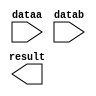
module mult1 (
	dataa,
	datab,
	result);

	input	[6:0]  dataa;
	input	[6:0]  datab;
	output	[13:0]  result;

endmodule